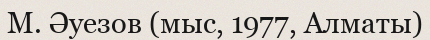
М. Әуезов (мыс, 1977, Алматы)